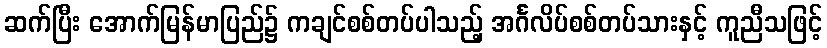
ဆက်ပြီး အောက်မြန်မာပြည်၌ ကချင်စစ်တပ်ပါသည့် အင်္ဂလိပ်စစ်တပ်သားနှင့် ကူညီသဖြင့်